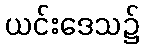
ယင်းဒေသ၌